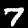
Digit: 7